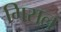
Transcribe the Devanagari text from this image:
गिसल